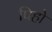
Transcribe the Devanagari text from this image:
पिहो